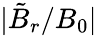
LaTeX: |\tilde{B}_{r}/B_{0}|